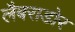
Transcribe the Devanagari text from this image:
लैबराडोर